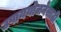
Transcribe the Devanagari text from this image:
उपाययोजनेसाठी